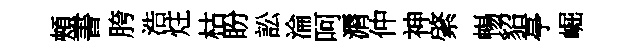
頰書胯浩炷枯盼訟淪呵漘仲神綮暢貂亭崛